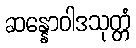
ဆန္နောဝါဒသုတ္တံ